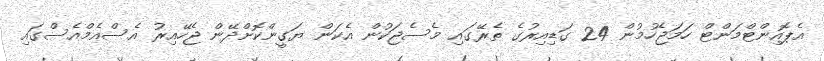
އެޕޮއިންޓްމަންޓް ހަމަޖެހުމުން 24 ގަޑިއިރުގެ ތެރޭގައި މެސެޖަކުން އެކަން ޔަގީންކޮށްދޭން ޖެހޭއިރު އެސްއެމްއެސްގައި